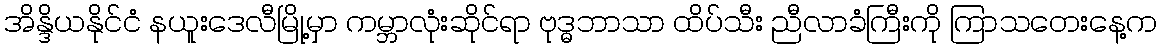
အိန္ဒိယနိုင်ငံ နယူးဒေလီမြို့မှာ ကမ္ဘာလုံးဆိုင်ရာ ဗုဒ္ဓဘာသာ ထိပ်သီး ညီလာခံကြီးကို ကြာသတေးနေ့က